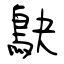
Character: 鴃